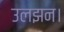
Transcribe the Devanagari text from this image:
उलझन।